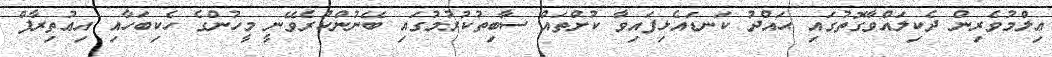
ޢިލްމުވެރިން ދެކިލައްވާގޮތުގައި ޙައްދު ކަނޑައެޅިފައިވާ ކުށްތައް ސާބިތުކުރުމުގައި ބޭނުންކުރެވޭނީ މީހުންގެ ހެކިބަހާއި އިޢުތިރާފް